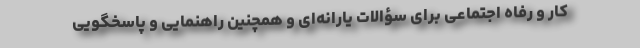
کار و رفاه اجتماعی برای سؤالات یارانه‌ای و همچنین راهنمایی و پاسخگویی